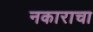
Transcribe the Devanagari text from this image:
नकाराचा